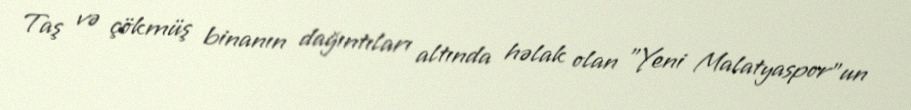
Taş və çökmüş binanın dağıntıları altında həlak olan "Yeni Malatyaspor"un